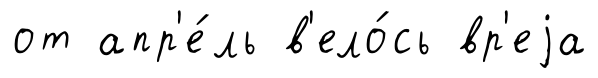
от апр'е́ль в'ело́сь вр'еjа